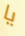
يا